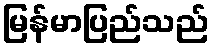
မြန်မာပြည်သည်